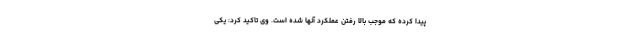
پیدا کرده که موجب بالا رفتن عملکرد آنها شده است. وی تاکید کرد: یکی